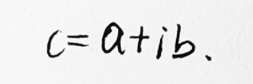
\[
c = a + i b.
\]